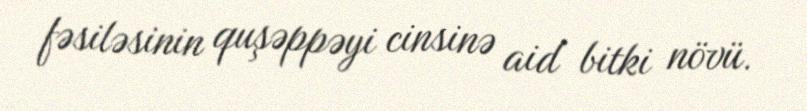
fəsiləsinin quşəppəyi cinsinə aid bitki növü.